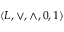
( L , \vee , \wedge , 0 , 1 )